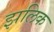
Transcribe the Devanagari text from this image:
झलिक